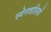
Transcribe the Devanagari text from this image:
स्‍पेनवासियों